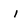
Character: 1